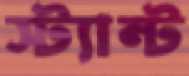
স্ট্যান্ট